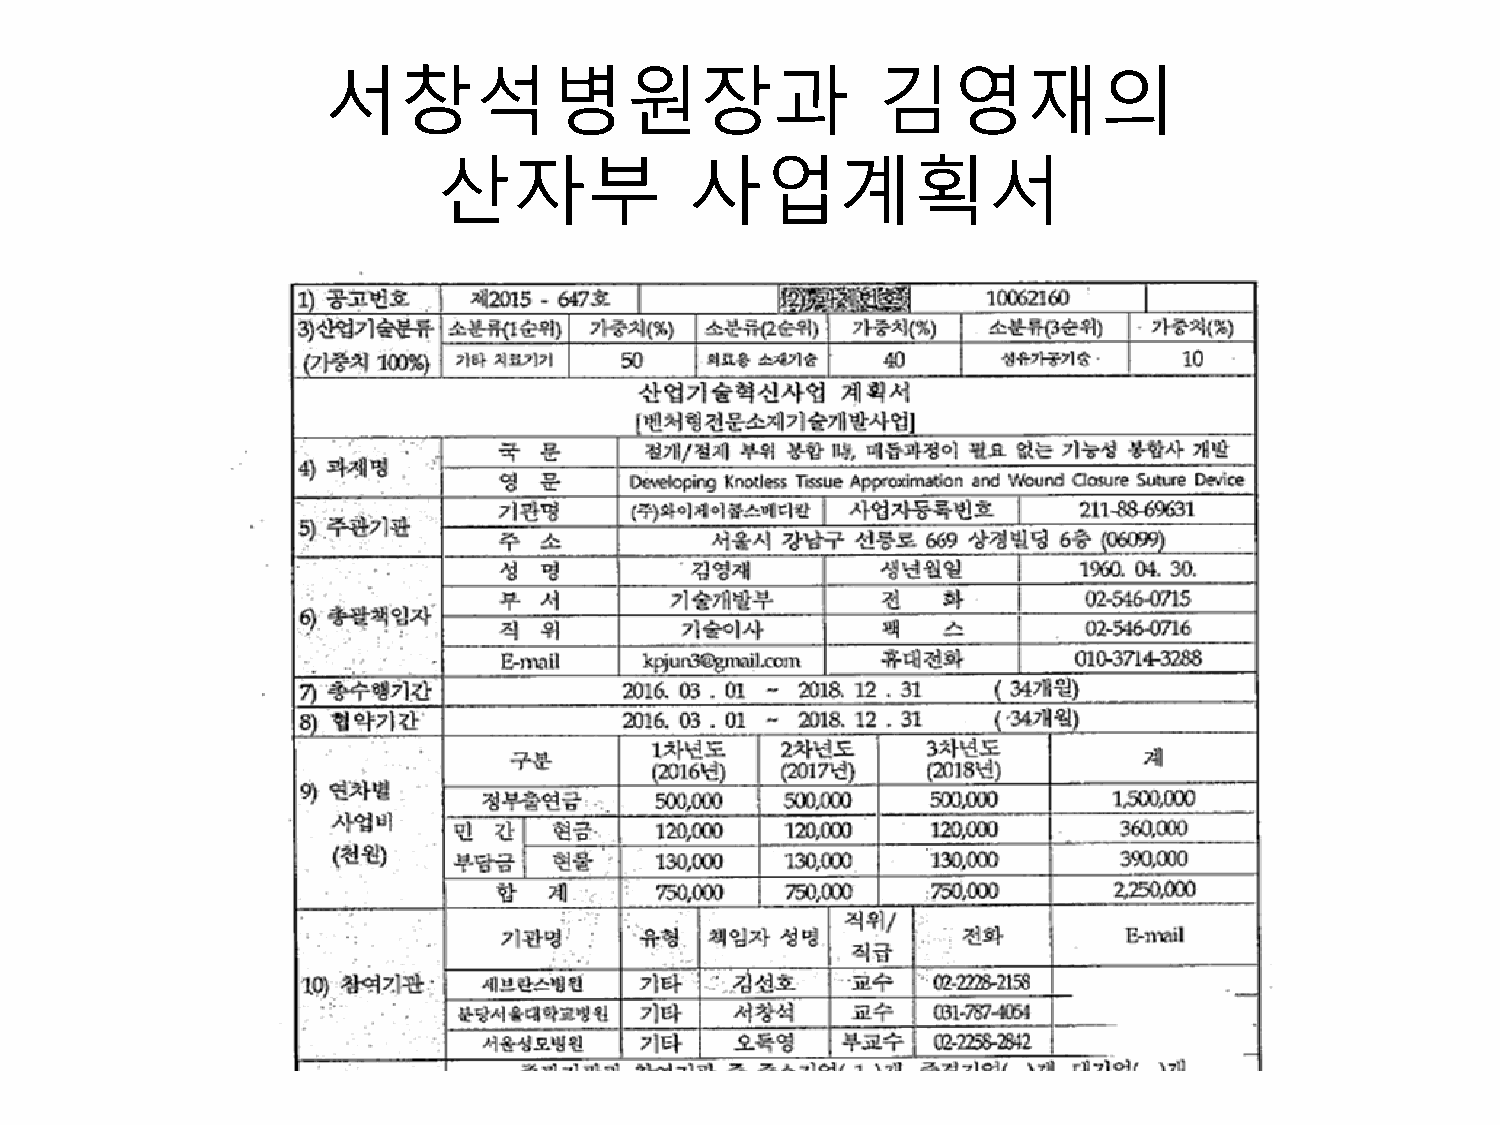
서창석병원장과                              김영재의
 산자부              사업계획서